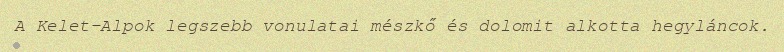
A Kelet-Alpok legszebb vonulatai mészkő és dolomit alkotta hegyláncok.